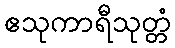
ဧသုကာရီသုတ္တံ